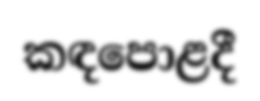
කඳපොළදී